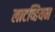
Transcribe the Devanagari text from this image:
लाटव्हियन